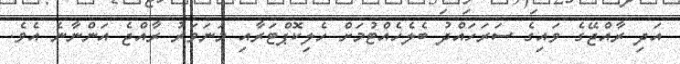
އަދި ރާއްޖޭގެ ވައިގެ ސަރަހައްދު ބެލެހެއްޓުމަށް ހެލިކޮޕްޓަރާއި މަނަވަރު ރާއްޖެ އަންނާނެ އެވެ.